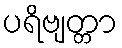
ပရိဗျတ္တာ